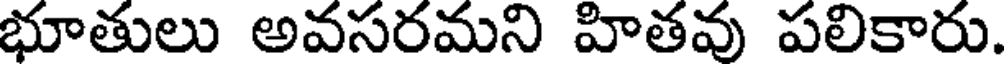
భూతులు అవసరమని హితవు పలికారు.